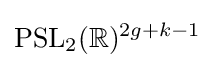
\mathrm {PSL} _{2}(\mathbb {R} )^{2g+k-1}